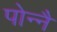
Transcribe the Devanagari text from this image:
पोन्नै